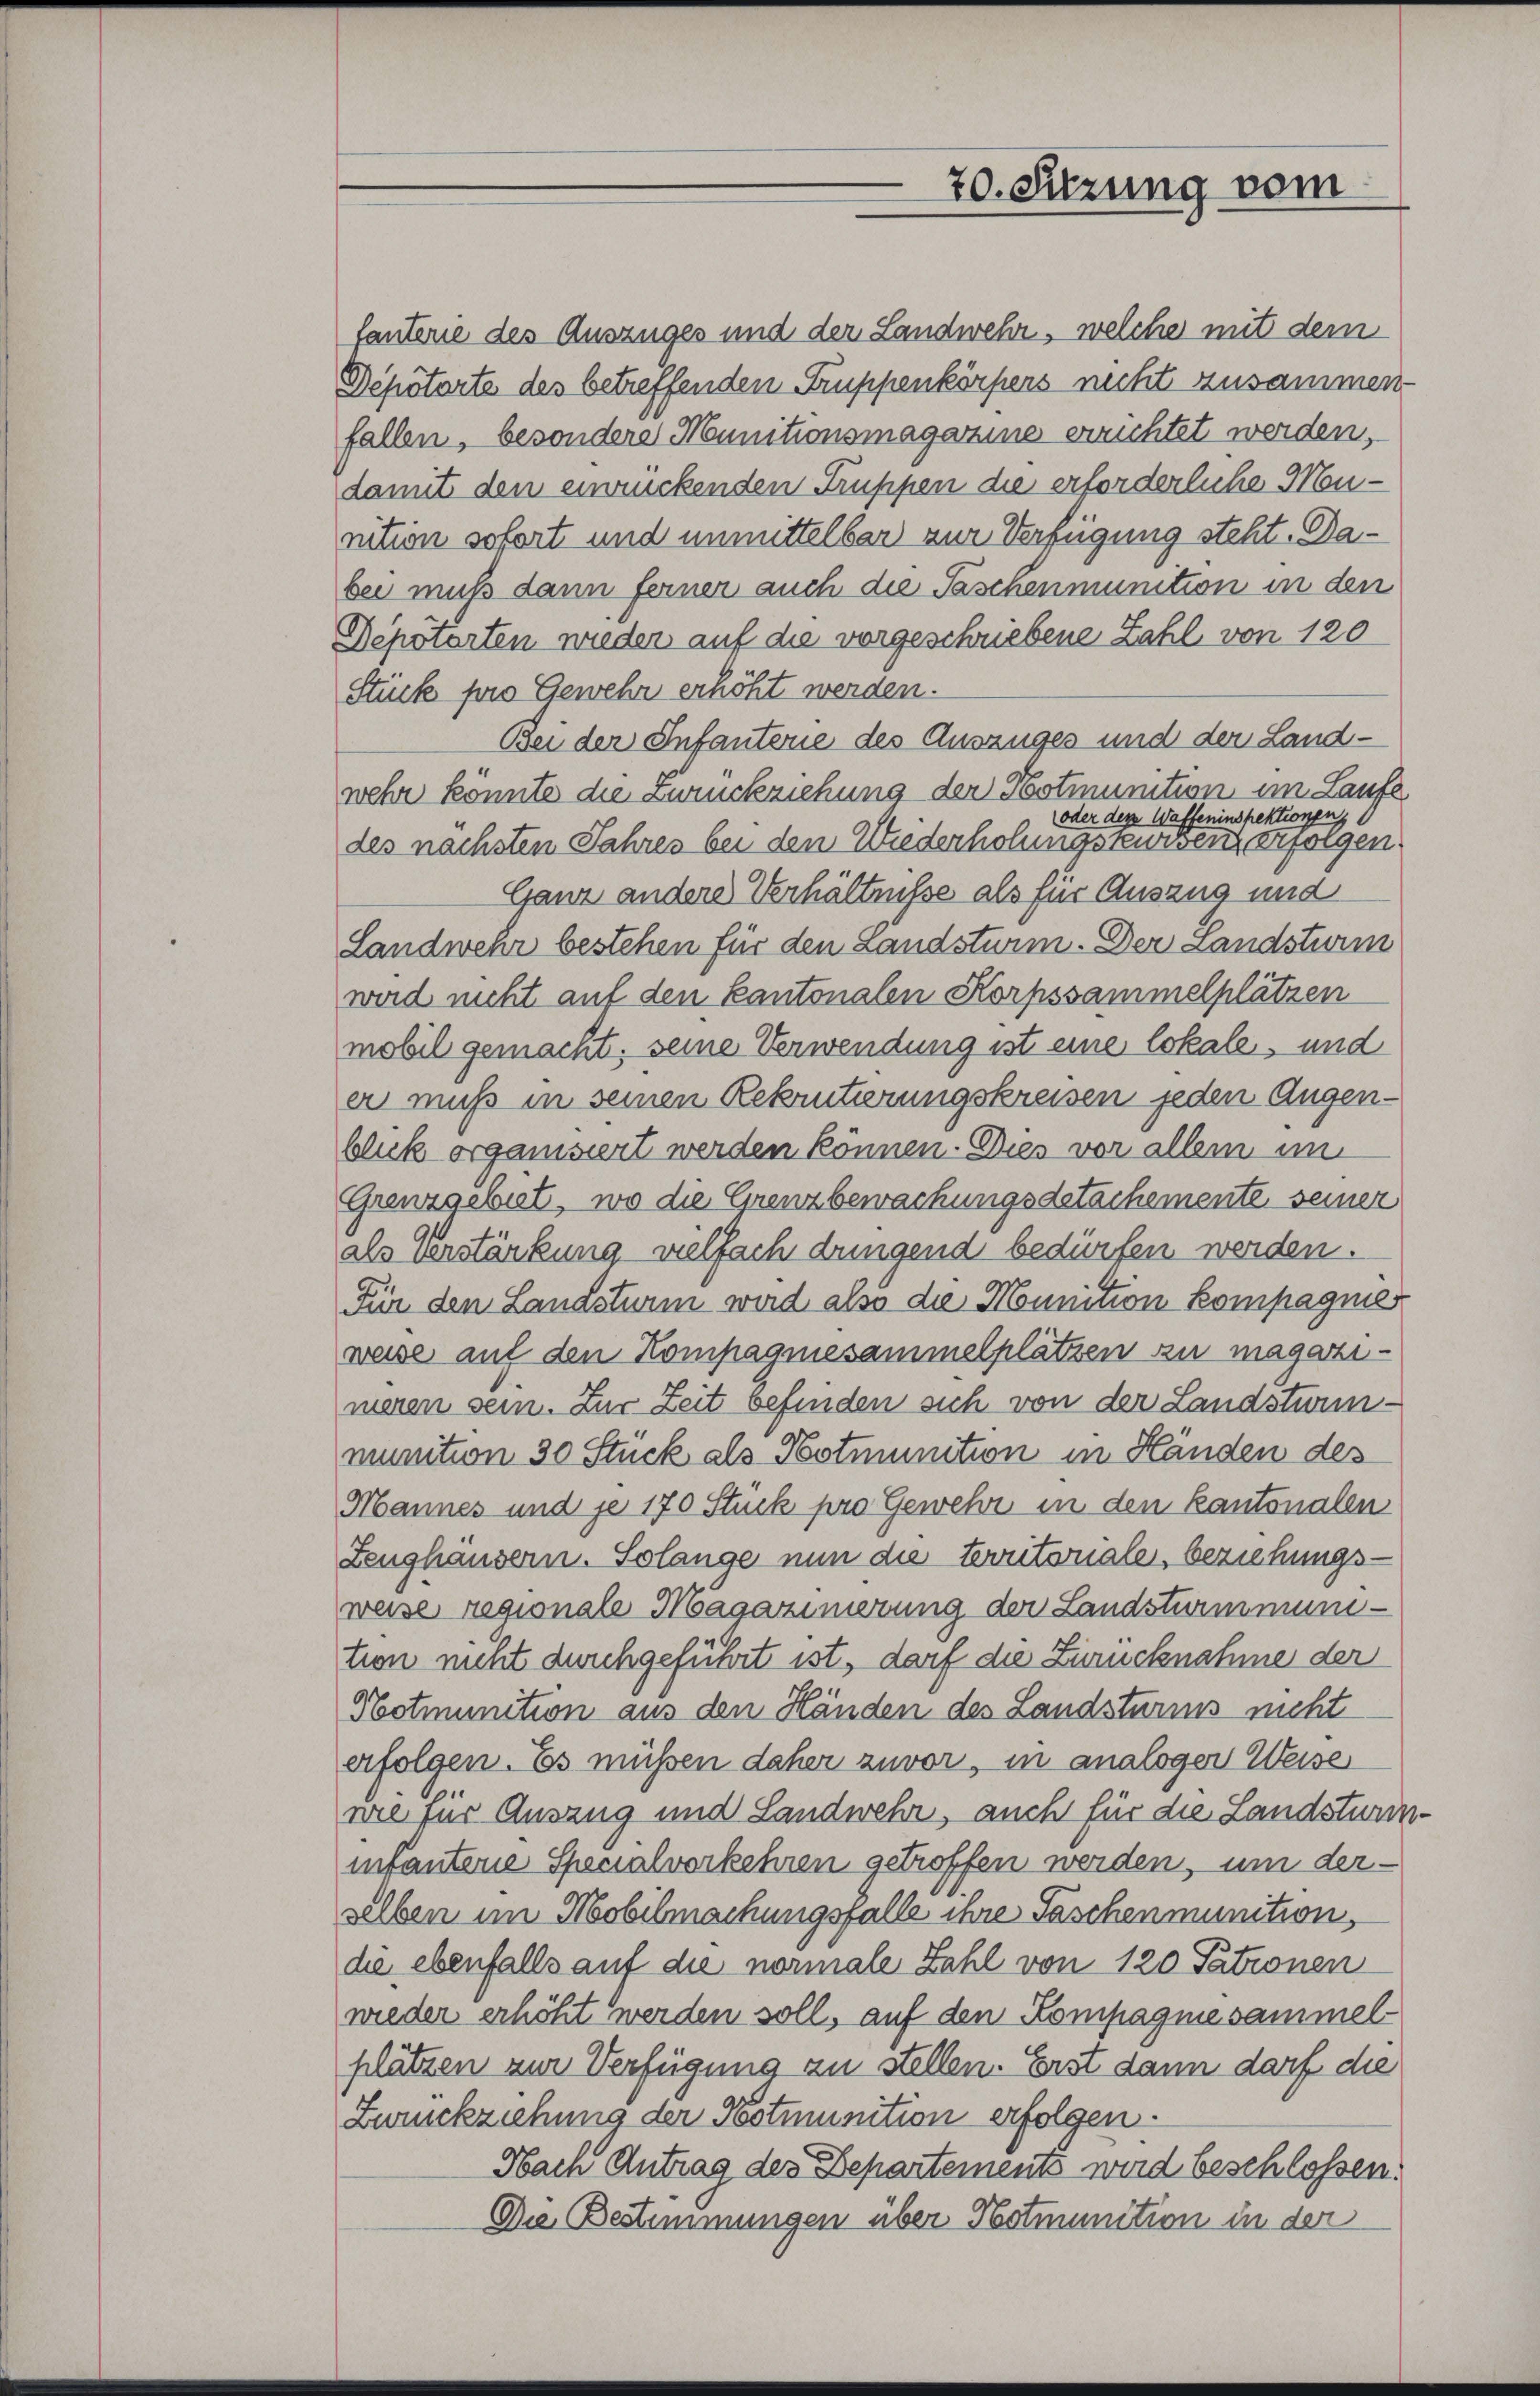
70. Sitzung vom

fanterie des Auszuges und der Landwehr, welche mit dem
Depotorte des betreffenden Truppenkörpers nicht zusammen
fallen, besondere Munitionsmagazine errichtet werden,
damit den einrückenden Truppen die erforderliche Monnition sofort und unmittelbar zur Verfügung steht. Dabei muß dann ferner auch die Taschenmunition in den
Depotarten wieder auf die vorgeschriebene Zahl von 120
Stück pro Gewehr erhöht werden.
Bei der Infanterie des Auszuges und der Landwehr könnte die Zurückziehung der Postmunition im Laufe
oder der Waffeninspektionen,
des nächsten Jahres bei den Wiederholungskursenz erfolgen.
Ganz andere Verhältnisse als für Auszug und
Landwehr bestehen für den Landsturm. Der Landsturm
wird nicht auf den Kantonalen Korpssammelplätzen
mobil gemacht, seine Verwendung ist eine lokale, und
er muß in seinen Rekrutierungskreisen jeden Augenblick organisiert werden können. Dies vor allem im
Grenzgebiet, wo die Grenzbewachungsdetachemente, seiner
als Verstärkung vielfach dringend bedürfen werden.
Für den Landsturm wird also die Mounition kompagnies
weise auf den Kompagnesammelplätzen zu magazi-
meren sein. Zur Zeit befinden sich von der Landstunmunition 30 Stück als Notmunition in Händen des
Mannes und je 170 Stuck pro Gewehr in den kantonalen
Zeughäusern. Solange nun die territoriale, beziehungsweise regionale Magazinierung der Landsturmmunition nicht durchgeführt ist, darf die Zurücknahme der
Notmunition aus den Händen des Landsturms nicht
erfolgen. Es müßen daher zuvor, in analogen Weise
nie für Auszug und Landwehr, auch für die Landsturininfantere Specialverkehren getroffen werden, um derselben im Mobilmachungsfalle ihre Taschenmunition,
die ebenfalls auf die normale Zahl von 120 Patronen
wieder erhöht werden soll, auf den Kompagnie sammelplätzen zur Verfügung zu stellen. Erst dann darf die
Zurückziehung der Notmunition erfolgen.
Nach Antrag des Departements wird beschlossen:
Die Bestimmungen über Notmunition in der